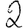
Digit: 2